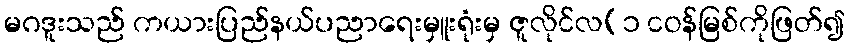
မဂဒူးသည် ကယားပြည်နယ်ပညာရေးမှူးရုံးမှ ဇူလိုင်လ(၁ ငဝန်မြစ်ကိုဖြတ်၍